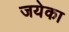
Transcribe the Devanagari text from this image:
जयेका